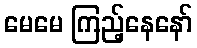
မေမေ ကြည့်နေနော်